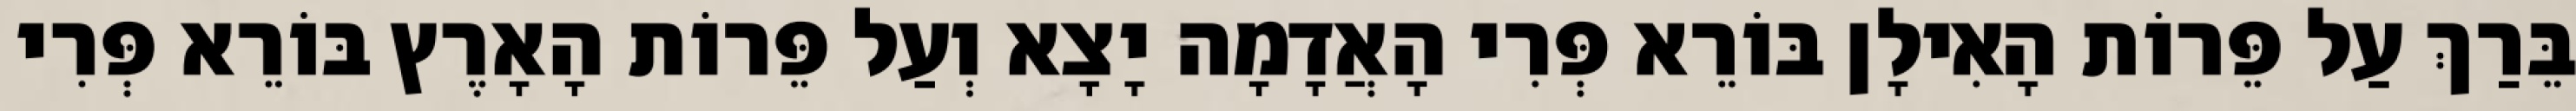
בֵּרַךְ עַל פֵּרוֹת הָאִילָן בּוֹרֵא פְּרִי הָאֲדָמָה יָצָא וְעַל פֵּרוֹת הָאָרֶץ בּוֹרֵא פְּרִי